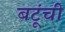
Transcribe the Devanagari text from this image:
बटूंची